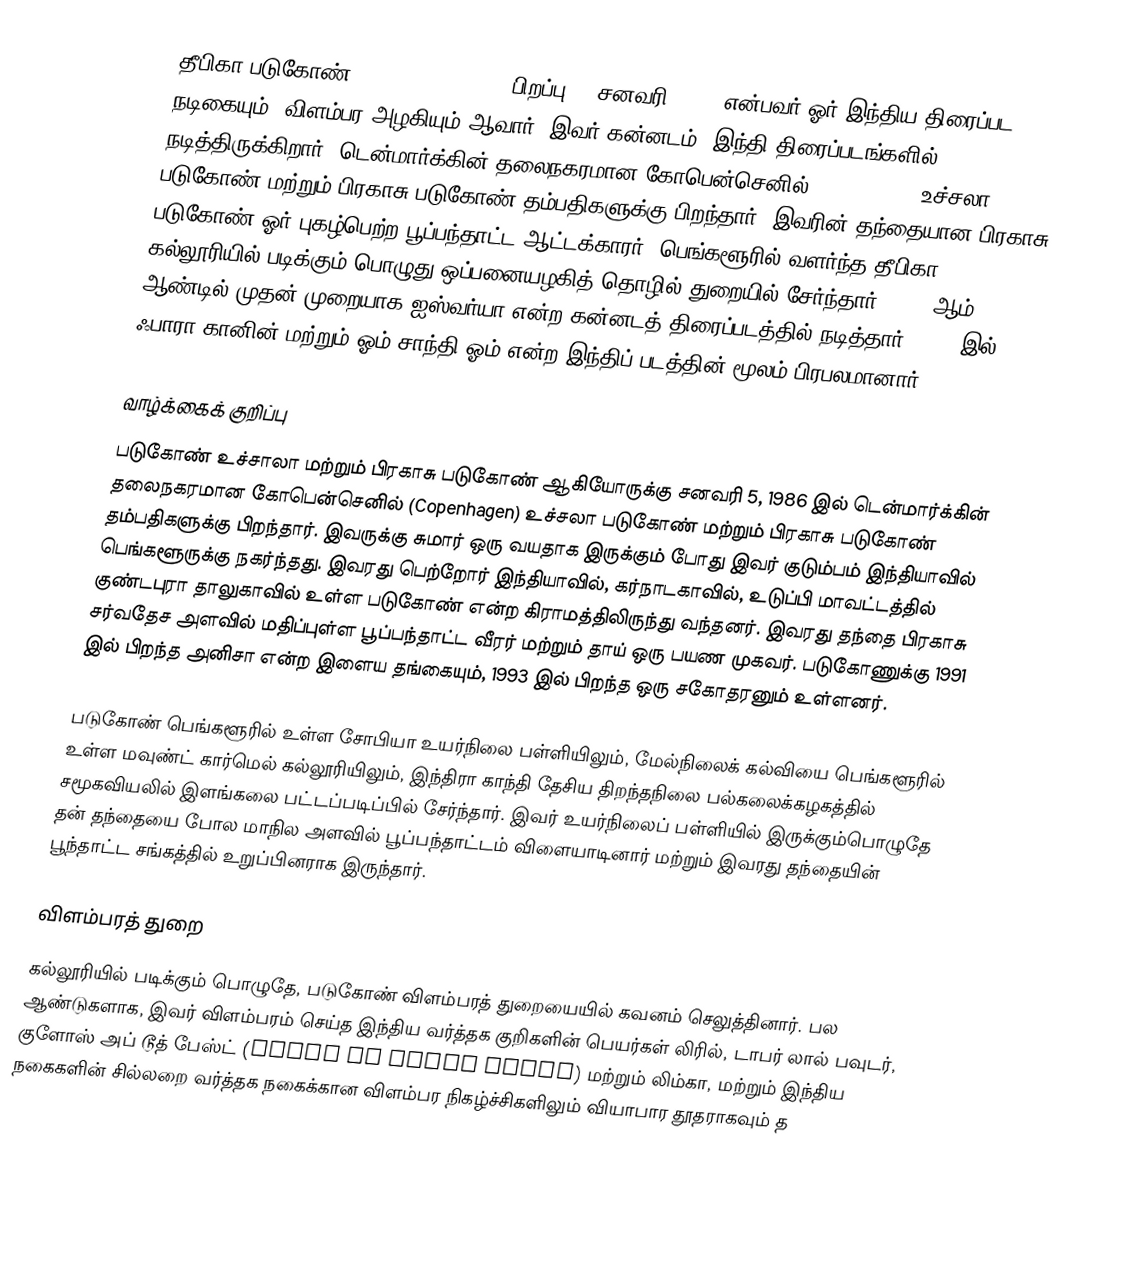
தீபிகா படுகோண் (Deepika Padukone, பிறப்பு: 5 சனவரி 1986) என்பவர் ஓர் இந்திய திரைப்பட நடிகையும், விளம்பர அழகியும் ஆவார். இவர் கன்னடம், இந்தி திரைப்படங்களில் நடித்திருக்கிறார். டென்மார்க்கின் தலைநகரமான கோபென்செனில் (Copenhagen) உச்சலா படுகோண்  மற்றும் பிரகாசு படுகோண் தம்பதிகளுக்கு பிறந்தார். இவரின் தந்தையான பிரகாசு படுகோண் ஓர் புகழ்பெற்ற பூப்பந்தாட்ட ஆட்டக்காரர். பெங்களூரில் வளர்ந்த தீபிகா, கல்லூரியில் படிக்கும் பொழுது ஒப்பனையழகித் தொழில் துறையில் சேர்ந்தார். 2006 ஆம் ஆண்டில் முதன் முறையாக ஐஸ்வர்யா என்ற கன்னடத் திரைப்படத்தில் நடித்தார். 2007 இல் ஃபாரா கானின் மற்றும் ஓம் சாந்தி ஓம் என்ற இந்திப் படத்தின் மூலம் பிரபலமானார்.

வாழ்க்கைக் குறிப்பு
படுகோண் உச்சாலா மற்றும் பிரகாசு படுகோண் ஆகியோருக்கு சனவரி 5, 1986 இல் டென்மார்க்கின் தலைநகரமான கோபென்செனில் (Copenhagen) உச்சலா படுகோண் மற்றும் பிரகாசு படுகோண் தம்பதிகளுக்கு பிறந்தார். இவருக்கு சுமார் ஒரு வயதாக இருக்கும் போது இவர் குடும்பம் இந்தியாவில் பெங்களூருக்கு நகர்ந்தது. இவரது பெற்றோர் இந்தியாவில், கர்நாடகாவில், உடுப்பி மாவட்டத்தில் குண்டபுரா தாலுகாவில் உள்ள படுகோண் என்ற கிராமத்திலிருந்து வந்தனர். இவரது தந்தை பிரகாசு சர்வதேச அளவில் மதிப்புள்ள பூப்பந்தாட்ட வீரர் மற்றும் தாய் ஒரு பயண முகவர். படுகோணுக்கு 1991 இல் பிறந்த அனிசா என்ற இளைய தங்கையும், 1993 இல் பிறந்த ஒரு சகோதரனும் உள்ளனர்.

படுகோண் பெங்களூரில் உள்ள சோபியா உயர்நிலை பள்ளியிலும், மேல்நிலைக் கல்வியை பெங்களூரில் உள்ள மவுண்ட் கார்மெல் கல்லூரியிலும், இந்திரா காந்தி தேசிய திறந்தநிலை பல்கலைக்கழகத்தில் சமூகவியலில் இளங்கலை பட்டப்படிப்பில் சேர்ந்தார். இவர் உயர்நிலைப் பள்ளியில் இருக்கும்பொழுதே தன் தந்தையை போல மாநில அளவில் பூப்பந்தாட்டம் விளையாடினார் மற்றும் இவரது தந்தையின் பூந்தாட்ட சங்கத்தில் உறுப்பினராக இருந்தார்.

விளம்பரத் துறை
கல்லூரியில் படிக்கும் பொழுதே, படுகோண் விளம்பரத் துறையையில் கவனம் செலுத்தினார். பல ஆண்டுகளாக, இவர் விளம்பரம் செய்த இந்திய வர்த்தக குறிகளின் பெயர்கள் லிரில், டாபர் லால் பவுடர், குளோஸ் அப் டூத் பேஸ்ட் (close up tooth paste) மற்றும் லிம்கா, மற்றும் இந்திய நகைகளின் சில்லறை வர்த்தக நகைக்கான விளம்பர நிகழ்ச்சிகளிலும் வியாபார தூதராகவும் த